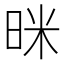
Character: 𭥻